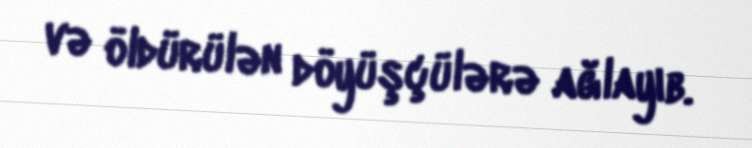
və öldürülən döyüşçülərə ağlayıb.